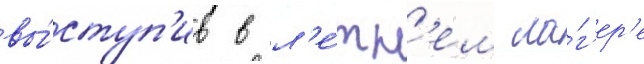
вы́ступ'ив в л'е́тн'ем ла́г'ер'е